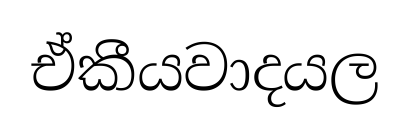
ඒකීයවාදයල